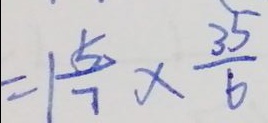
= 1 \frac { 5 } { 7 } \times \frac { 3 5 } { 6 }